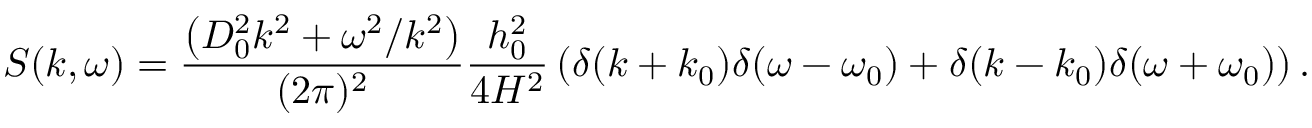
S ( k , \omega ) = \frac { \left( D _ { 0 } ^ { 2 } k ^ { 2 } + \omega ^ { 2 } / k ^ { 2 } \right) } { ( 2 \pi ) ^ { 2 } } \frac { h _ { 0 } ^ { 2 } } { 4 H ^ { 2 } } \left( \delta ( k + k _ { 0 } ) \delta ( \omega - \omega _ { 0 } ) + \delta ( k - k _ { 0 } ) \delta ( \omega + \omega _ { 0 } ) \right) .